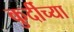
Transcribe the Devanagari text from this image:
कुर्दीच्या